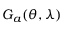
G _ { a } ( \theta , \lambda )